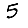
Digit: 5